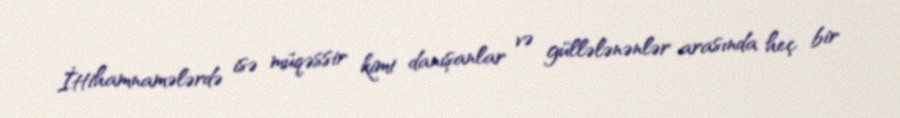
İttihamnamələrdə isə müqəssir kimi danışanlar və güllələnənlər arasında heç bir